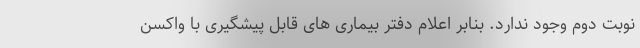
نوبت دوم وجود ندارد. بنابر اعلام دفتر بیماری های قابل پیشگیری با واکسن